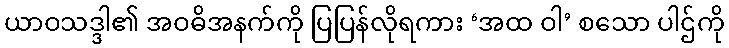
ယာဝသဒ္ဒါ၏ အဝဓိအနက်ကို ပြပြန်လိုရကား ‘အထ ဝါ’ စသော ပါဌ်ကို